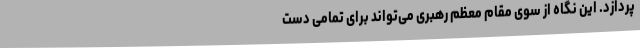
‌پردازد. این نگاه از سوی مقام معظم رهبری می‌تواند برای تمامی دست‌